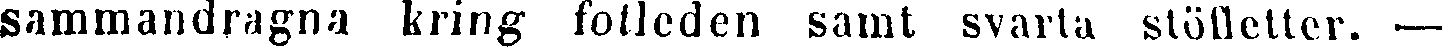
sammandragna kring fotleden samt svarta stölletter. —